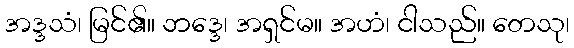
အဒ္ဒသံ၊ မြင်၏။ ဘဒ္ဒေ၊ အရှင်မ။ အဟံ၊ ငါသည်။ တေသု၊